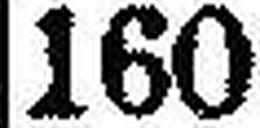
160